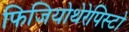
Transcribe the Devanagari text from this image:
फिजियोथेरेपिस्टो